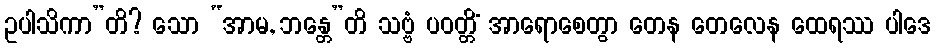
ဥပါသိကာ”တိ? သော “အာမ, ဘန္တေ”တိ သဗ္ဗံ ပဝတ္တိံ အာရောစေတွာ တေန တေလေန ထေရဿ ပါဒေ